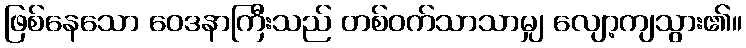
ဖြစ်နေသော ဝေဒနာကြီးသည် တစ်ဝက်သာသာမျှ လျော့ကျသွား၏။